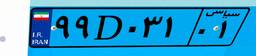
۵۹D۳۹۶۸۵